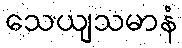
သေယျသမာနံ